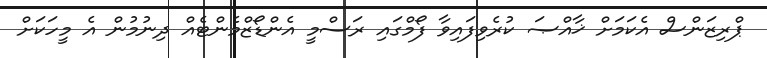
ޕްރިޒަންސް އެކަމަށް ޚާއްޞަ ކުރެވިފައިވާ ފޯމްގައި ރަސްމީ އެންޑޯޒްމެންޓެއް ދިނުމުން އެ މީހަކަށް